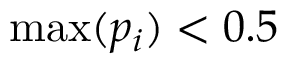
\operatorname* { m a x } ( p _ { i } ) < 0 . 5